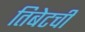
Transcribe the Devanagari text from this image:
तिबेटची